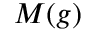
M ( g )